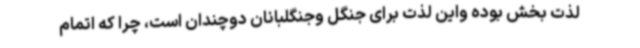
لذت بخش بوده واین لذت برای جنگل وجنگلبانان دوچندان است، چرا که اتمام